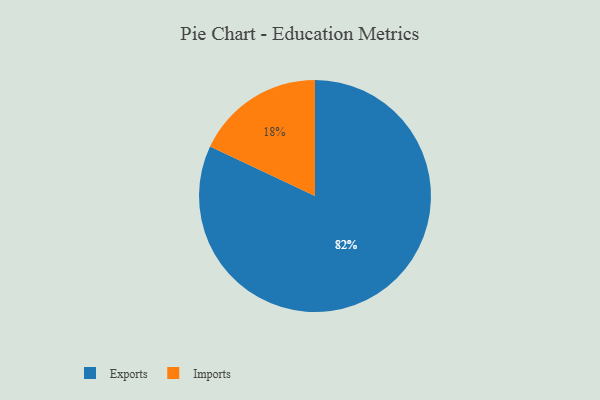
{"axis": {"x": "Category", "y": "Percentage"}, "legend": ["Exports", "Imports"], "data": [{"x": "Exports", "y": 82, "type": "Exports"}, {"x": "Imports", "y": 18, "type": "Imports"}]}